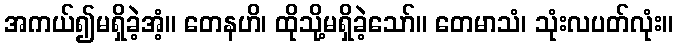
အကယ်၍မရှိခဲ့အံ့။ တေနဟိ၊ ထိုသို့မရှိခဲ့သော်။ တေမာသံ၊ သုံးလပတ်လုံး။